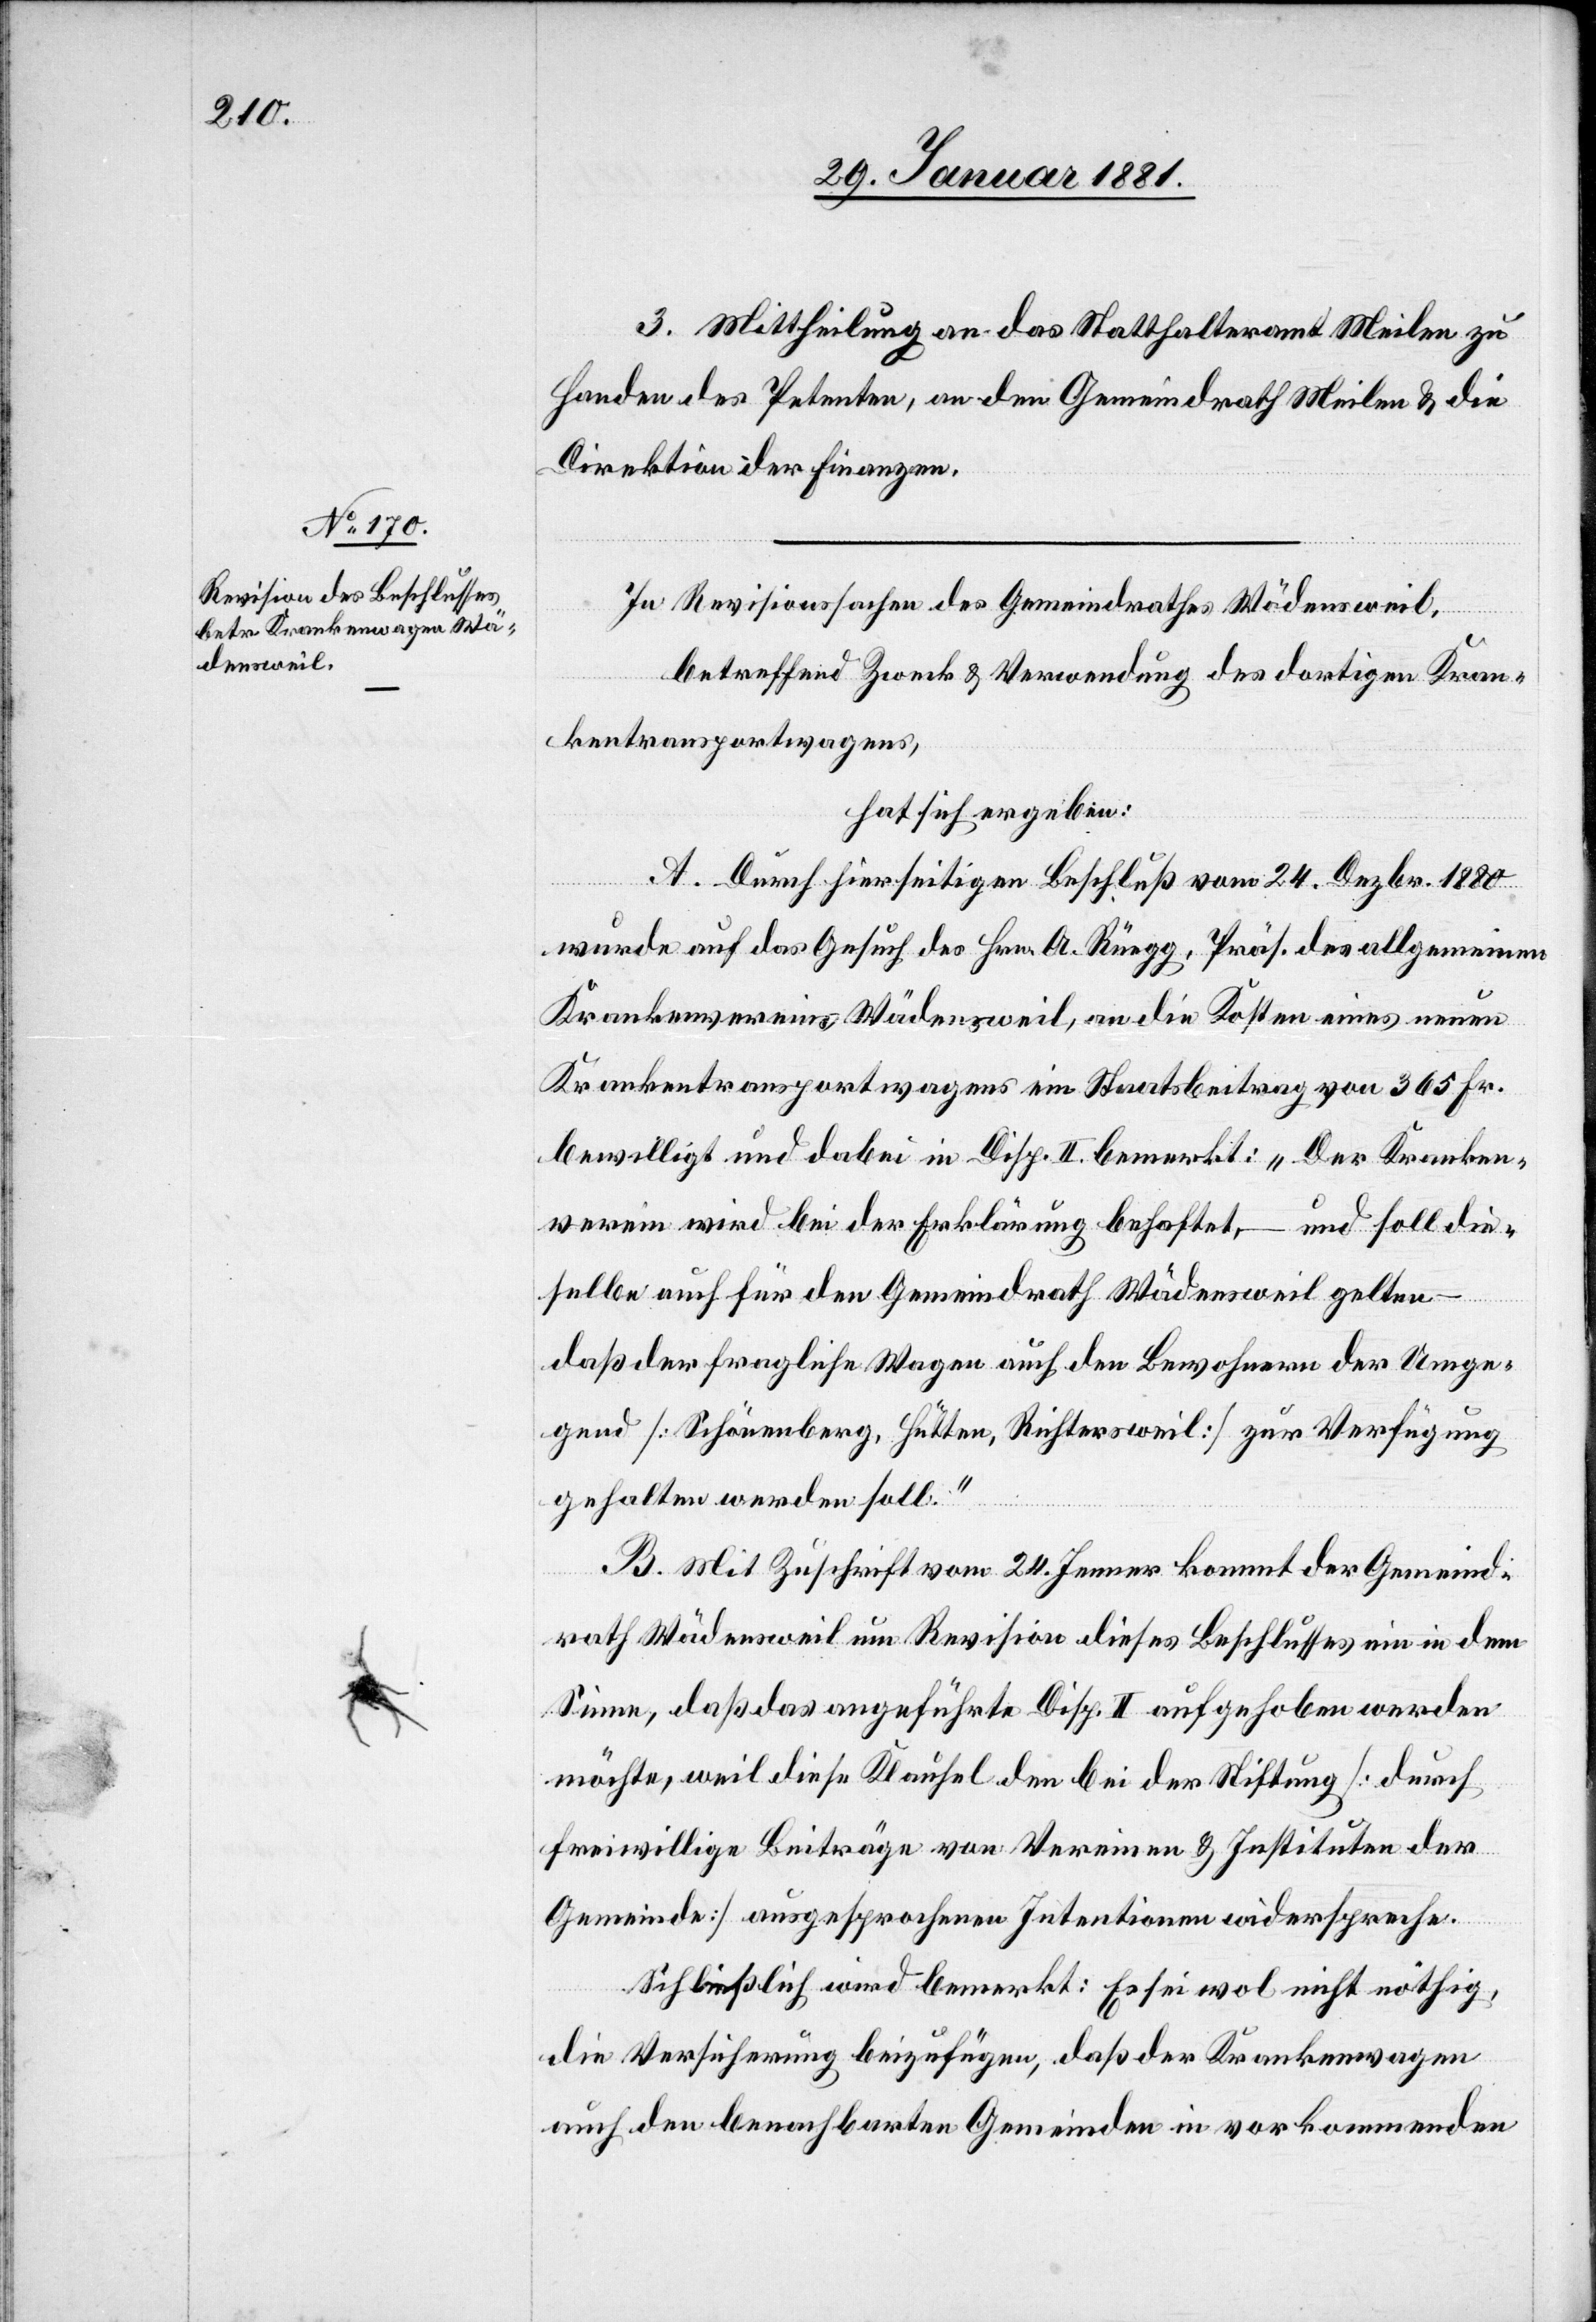
3. Mittheilung an das Statthalteramt Meilen zu
Handen des Petenten, an den Gemeindrath Meilen & die
Direktion der Finanzen.
In Revisionssachen des Gemeindrathes Wädensweil,
betreffend Zweck & Verwendung, des dortigen Kran¬
kentransportwagens,
hat sich ergeben:
A. Durch hierseitigen Beschluß vom 24. Dezbr. 1880
wurde auf das Gesuch des Hrn. A. Rüegg, Präs. des allgemeinen
Krankenvereins Wädensweil, an die Kosten eines neuen
Krankentransportwagens ein Staatsbeitrag von 365 Fr.
bewilligt und dabei in Disp. II bemerkt: „Der Kranken¬
verein wird bei der Erklärung behaftet, – und soll die¬
selbe auch für den Gemeindrath Wädensweil gelten
daß der fragliche Wagen auch den Bewohnern der Umge¬
gend [Schönenberg, Hütten, Richtersweil] zur Verfügung
gehalten werden soll.“
B. Mit Zuschrift vom 24. Jenner kommt der Gemeind¬
rath Wädensweil um Revision dieses Beschlusses ein in dem
Sinn, daß das angeführte Disp. II aufgehoben werden
möchte, weil diese Klausel den bei der Stiftung [durch
freiwillige Beiträge von Vereinen & Instituten der
Gemeinde] ausgesprochenen Intentionen widerspreche.
Schließlich wird bemerkt: Es sei wol nicht richtig,
die Versicherung beizufügen, daß der Krankenwagen
auch den benachbarten Gemeinden in vorkommenden